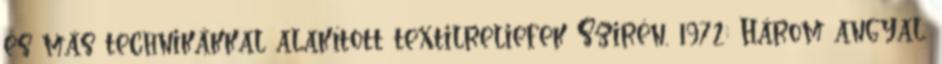
és más technikákkal alakított textilreliefek Szirén, 1972; Három angyal,